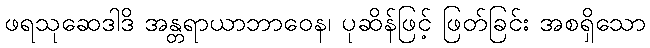
ဖရသုဆေဒါဒိ အန္တရာယာဘာဝေန၊ ပုဆိန်ဖြင့် ဖြတ်ခြင်း အစရှိသော